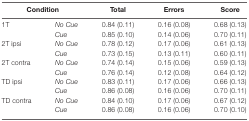
<table><thead><tr><td colspan="2"><b>Condition</b></td><td><b>Total</b></td><td><b>Errors</b></td><td><b>Score</b></td></tr></thead><tbody><tr><td>1T</td><td><i>No Cue</i></td><td>0.84 (0.11)</td><td>0.16 (0.08)</td><td>0.68 (0.13)</td></tr><tr><td></td><td><i>Cue</i></td><td>0.85 (0.10)</td><td>0.14 (0.06)</td><td>0.70 (0.11)</td></tr><tr><td>2T ipsi</td><td><i>No Cue</i></td><td>0.78 (0.12)</td><td>0.17 (0.06)</td><td>0.61 (0.13)</td></tr><tr><td></td><td><i>Cue</i></td><td>0.73 (0.15)</td><td>0.13 (0.11)</td><td>0.60 (0.11)</td></tr><tr><td>2T contra</td><td><i>No Cue</i></td><td>0.74 (0.14)</td><td>0.15 (0.06)</td><td>0.59 (0.13)</td></tr><tr><td></td><td><i>Cue</i></td><td>0.76 (0.14)</td><td>0.12 (0.08)</td><td>0.64 (0.12)</td></tr><tr><td>TD ipsi</td><td><i>No Cue</i></td><td>0.83 (0.11)</td><td>0.17 (0.06)</td><td>0.66 (0.13)</td></tr><tr><td></td><td><i>Cue</i></td><td>0.86 (0.08)</td><td>0.16 (0.06)</td><td>0.70 (0.11)</td></tr><tr><td>TD contra</td><td><i>No Cue</i></td><td>0.84 (0.10)</td><td>0.17 (0.06)</td><td>0.67 (0.12)</td></tr><tr><td></td><td><i>Cue</i></td><td>0.86 (0.08)</td><td>0.16 (0.06)</td><td>0.70 (0.10)</td></tr></tbody></table>